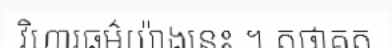
វិហារធម៌យ៉ាងនេះ ។ តថាគត